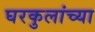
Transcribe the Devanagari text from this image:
घरकुलांच्या